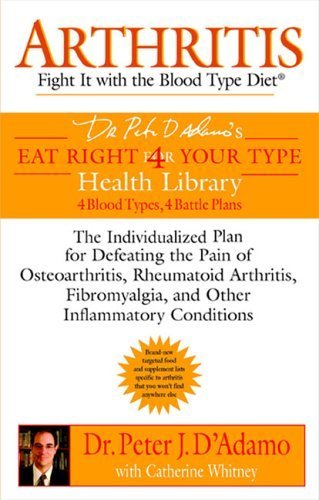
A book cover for Arthritis: Fight it with the Blood Type Diet (Eat Right 4 (for) Your Type Health Library) by D'Adamo. Peter ( 2006 ) Paperback; Health, Fitness & Dieting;